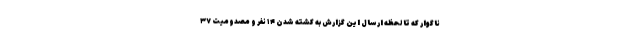
ناگوار که تا لحظه ارسال این گزارش به کشته شدن ۱۴ نفر و مصدومیت ۳۷